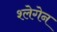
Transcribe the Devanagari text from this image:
श्लेगेन